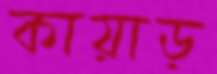
কায়াড়